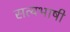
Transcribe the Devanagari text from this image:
सत्यभाषी